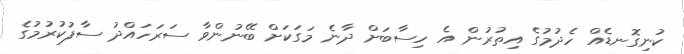
ކުނިގޮނޑެއް ހެދުމުގެ އިތުރުން އެ ހިސާބަށް ދާނެ މަގަކަށް ބޭނުންވާ ސަރަހައްދު ސާފުކުރުމުގެ